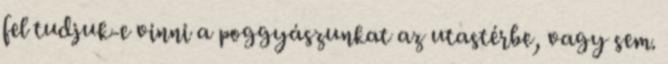
fel tudjuk-e vinni a poggyászunkat az utastérbe, vagy sem.